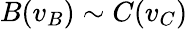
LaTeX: B(v_{B})\sim C(v_{C})